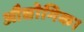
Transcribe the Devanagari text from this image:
औद्योगिक।